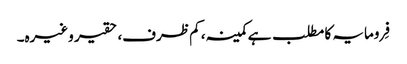
فِرومایہ کا مطلب ہے کمینہ، کم ظرف، حقیر وغیرہ۔